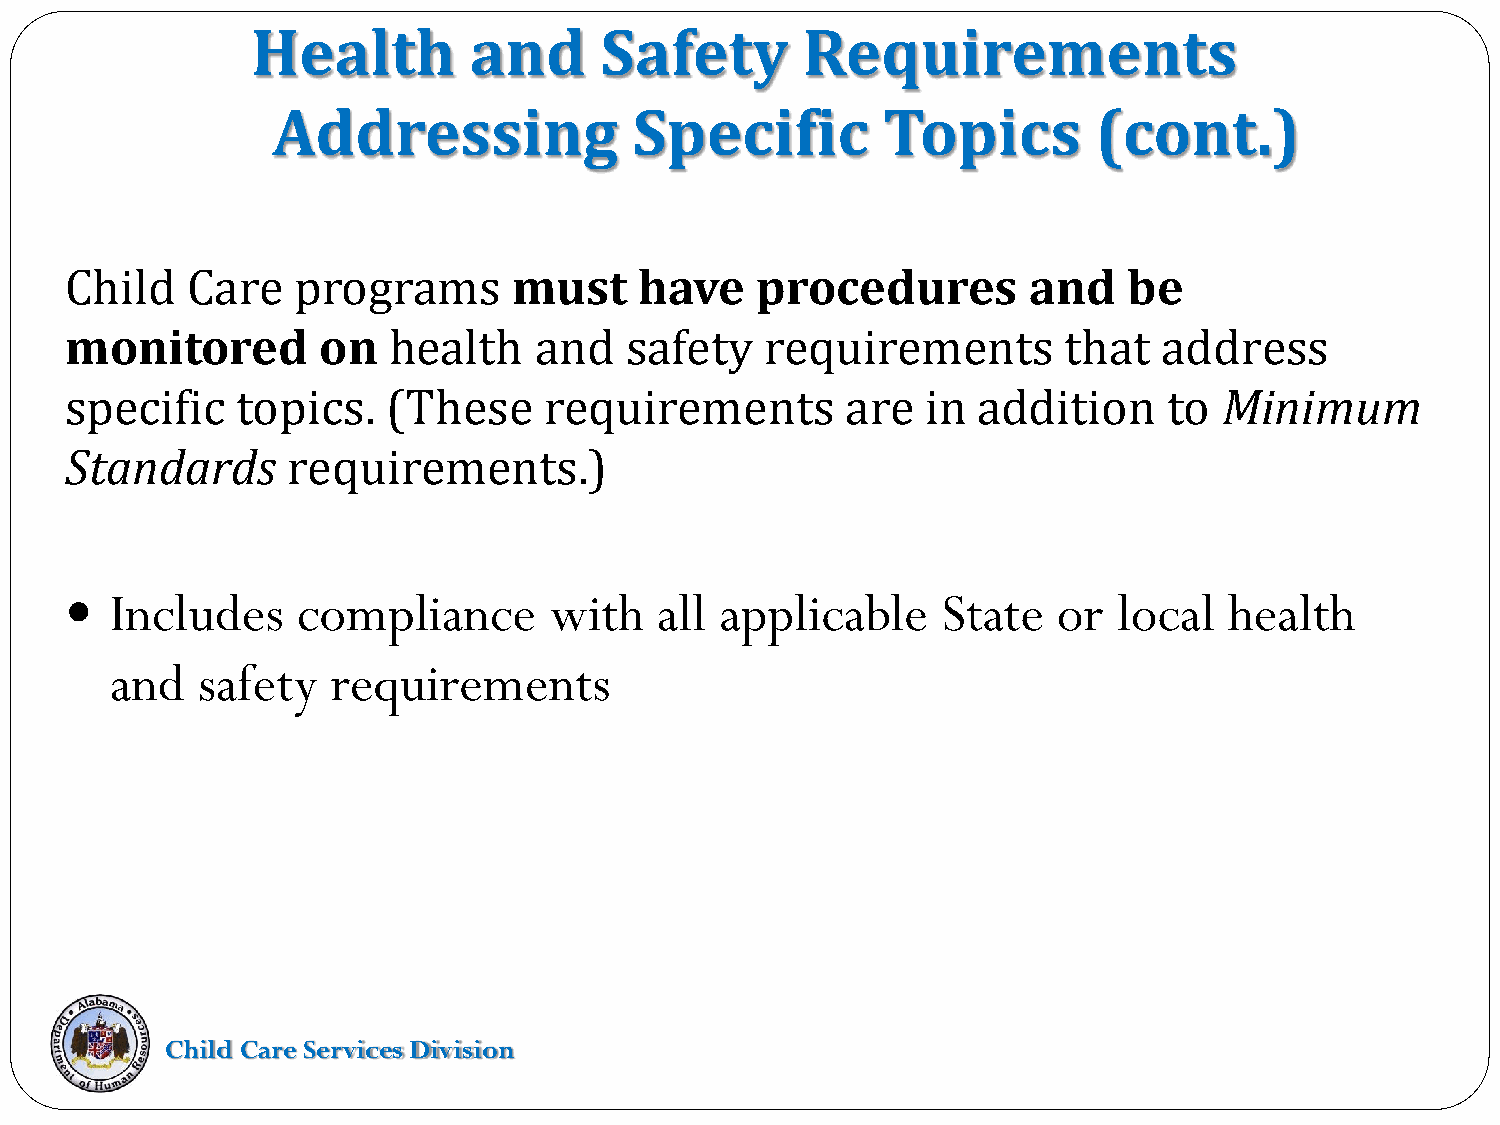
Health        and      Safety       Requirements
 Addressing              Specific        Topics         (cont.)
 Child   Care    programs      must    have    procedures        and    be
 monitored        on   health   and   safety    requirements       that   address
 specific    topics.   (These    requirements        are  in  addition    to  Minimum
 Standards      requirements.)
   Includes     compliance      with   all  applicable    State   or  local  health
 and   safety   requirements
 Child Care Services Division